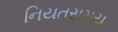
નિયતસમય